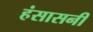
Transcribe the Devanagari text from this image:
हंसासनी